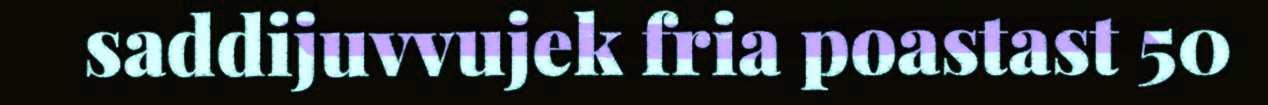
saddijuvvujek fria poastast 50